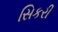
સિકરી